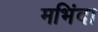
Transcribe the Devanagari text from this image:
मभिंदा